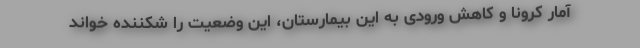
آمار کرونا و کاهش ورودی به این بیمارستان، این وضعیت را شکننده خواند